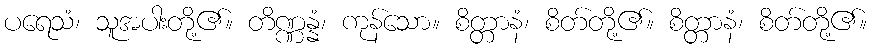
ပရေသံ၊ သူအပါးတို့၏။ တိဏ္ဏန္နံ၊ ကုန်သော။ စိတ္တာနံ၊ စိတ်တို့၏။ စိတ္တာနံ၊ စိတ်တို့၏။